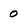
Character: 0